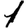
Digit: 1